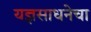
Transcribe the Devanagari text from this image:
यज्ञसाधनेचा